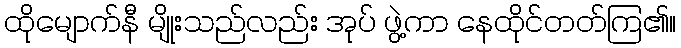
ထိုမျောက်နီ မျိုးသည်လည်း အုပ် ဖွဲ့ကာ နေထိုင်တတ်ကြ၏။